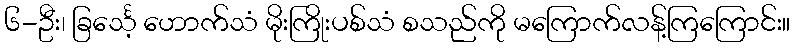
၆-ဦး၊ ခြင်္သေ့ ဟောက်သံ မိုးကြိုးပစ်သံ စသည်ကို မကြောက်လန့်ကြကြောင်း။